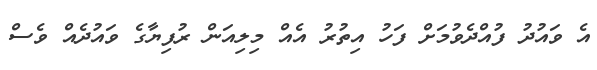
އެ ވައުދު ފުއްދެވުމަށް ފަހު އިތުރު އެއް މިލިއަން ރުފިޔާގެ ވައުދެއް ވެސް